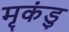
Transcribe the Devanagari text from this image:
मृकंडु